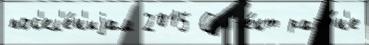
пос'ел'е́н'иjам 2015 Субъе́кт райо́н'е